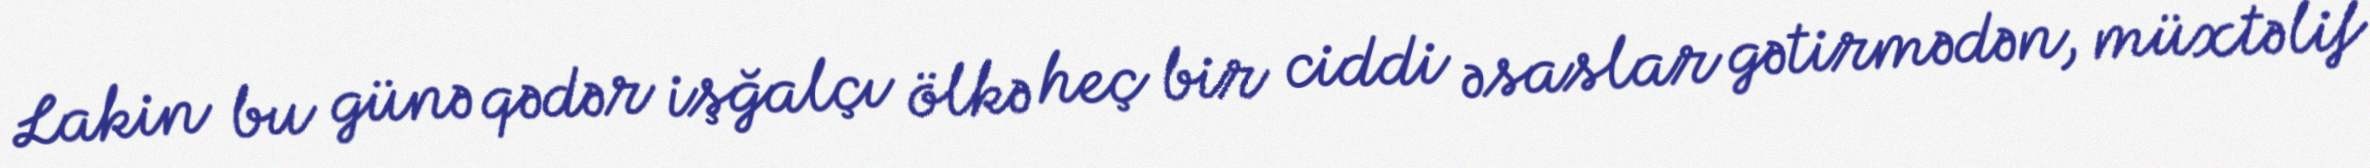
Lakin bu günə qədər işğalçı ölkə heç bir ciddi əsaslar gətirmədən, müxtəlif